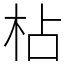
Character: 枮